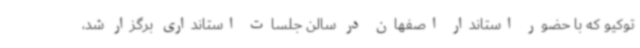
توکیو که با حضور استاندار اصفهان در سالن جلسات استانداری برگزار شد،